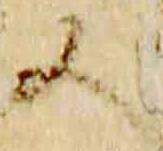
又